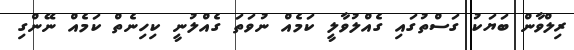
ރިލްވާން ބަޔަކު ގަސްތުގައި ގެއްލުވާލީ ކަމެއް ނުވަތަ ގެއްލުނީ ކިހިނެތް ކަމެއް ނޭންގި